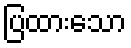
ပြထားသော